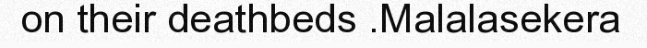
on their deathbeds .Malalasekera